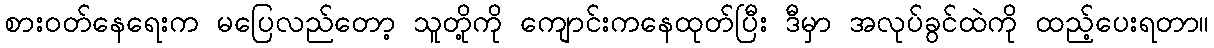
စားဝတ်နေရေးက မပြေလည်တော့ သူတို့ကို ကျောင်းကနေထုတ်ပြီး ဒီမှာ အလုပ်ခွင်ထဲကို ထည့်ပေးရတာ။